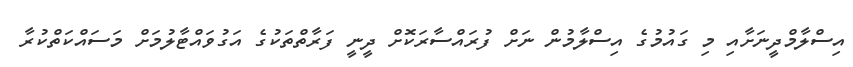
އިސްލާމްދީނަށާއި މި ގައުމުގެ އިސްލާމުން ނަށް ފުރައްސާރަކޮށް ދީނީ ފަރާތްތަކުގެ އަގުވައްޓާލުމަށް މަސައްކަތްކުރާ